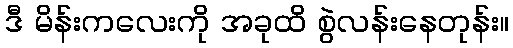
ဒီ မိန်းကလေးကို အခုထိ စွဲလန်းနေတုန်း။